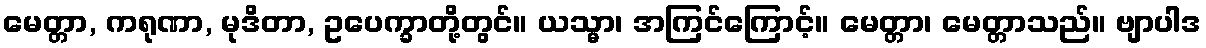
မေတ္တာ, ကရုဏာ, မုဒိတာ, ဥပေက္ခာတို့တွင်။ ယသ္မာ၊ အကြင်ကြောင့်။ မေတ္တာ၊ မေတ္တာသည်။ ဗျာပါဒ